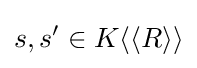
s,s'\in K\langle \langle R\rangle \rangle